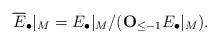
LaTeX: \begin{align*}\overline{E}_{\bullet}|_{M}=E_{\bullet}|_M/({\bf O}_{\le -1} E_{\bullet}|_{M}).\end{align*}